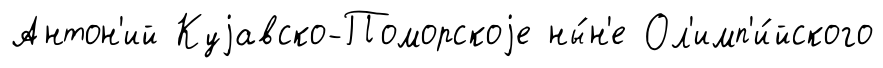
Антон'ий Куjавско-Поморскоjе ны́н'е Ол'имп'и́йского